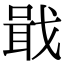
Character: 戢